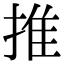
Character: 推